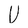
Character: V